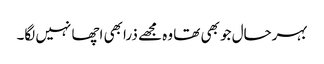
بہرحال جو بھی تھا وہ مجھے ذرا بھی اچھا نہیں لگا۔